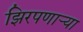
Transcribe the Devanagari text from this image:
झिरपणाऱ्या